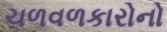
ચળવળકારોનો